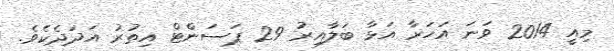
މިއީ 2014 ވަނަ އަހަރާ އަޅާ ބަލާއިރު 29 ޕަސަންޓް އިތުރު އަދަދެކެވެ.